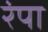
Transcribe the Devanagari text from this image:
रंपा